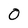
Character: O